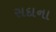
સદાના